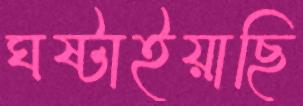
ঘষ্‌টাইয়াছি